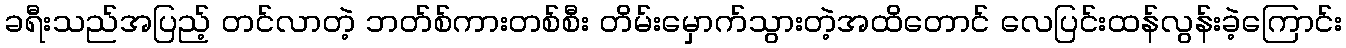
ခရီးသည်အပြည့် တင်လာတဲ့ ဘတ်စ်ကားတစ်စီး တိမ်းမှောက်သွားတဲ့အထိတောင် လေပြင်းထန်လွန်းခဲ့ကြောင်း